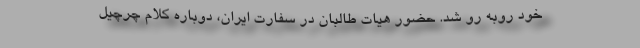
خود روبه رو شد. حضور هیات طالبان در سفارت ایران، دوباره کلام چرچیل